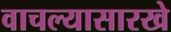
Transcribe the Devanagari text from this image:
वाचल्यासारखे